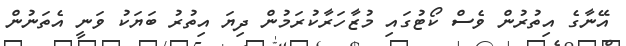
އޭނާގެ އިތުރުން ވެސް ކޯޓުގައި މުޒާހަރާކުރަމުން ދިޔަ އިތުރު ބަޔަކު ވަނީ އެތަނުން